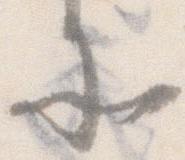
そ